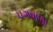
પગવાળા